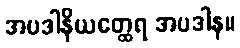
အပဒါနိယတ္ထေရ အပဒါန။